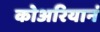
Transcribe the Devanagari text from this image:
कोअरियानं